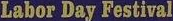
Labor Day Festival